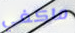
ماكغي